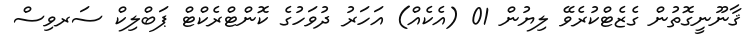
ޤާނޫނީގޮތުން ގެޒެޓްކުރެވޭ ލިޔުން 01 (އެކެއް) އަހަރު ދުވަހުގެ ކޮންޓްރެކްޓް ޕަބްލިކް ސަރވިސް